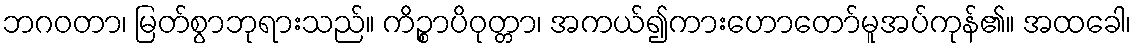
ဘဂဝတာ၊ မြတ်စွာဘုရားသည်။ ကိဉ္စာပိဝုတ္တာ၊ အကယ်၍ကားဟောတော်မူအပ်ကုန်၏။ အထခေါ၊